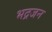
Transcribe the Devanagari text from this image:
भद्रजन